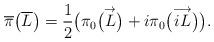
LaTeX: \begin{gather*}\overline{\pi}\big(\overline{L}\big)=\frac12\big(\pi_0\big(\overset{\rightarrow}{L}\big)+i\pi_0\big(\overset{\longrightarrow}{iL}\big)\big).\end{gather*}